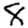
Digit: 8